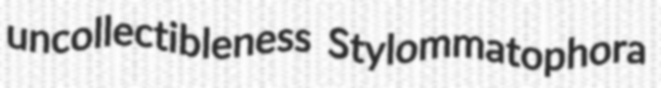
uncollectibleness Stylommatophora